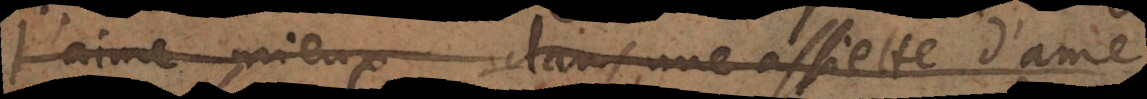
j’aime mieux dans une assiete d’ame